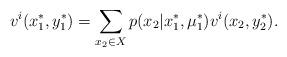
LaTeX: \begin{align*}v^i(x_1^\ast,y_1^\ast) &= \sum\limits_{x_2\in X} p(x_2|x_1^\ast,\mu_1^\ast)v^i(x_2,y_2^\ast).\end{align*}